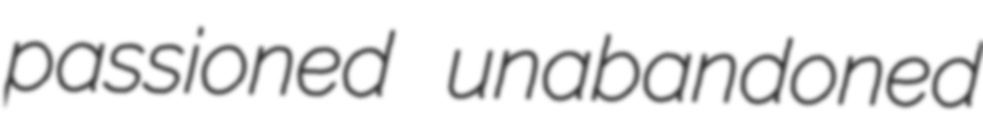
passioned unabandoned